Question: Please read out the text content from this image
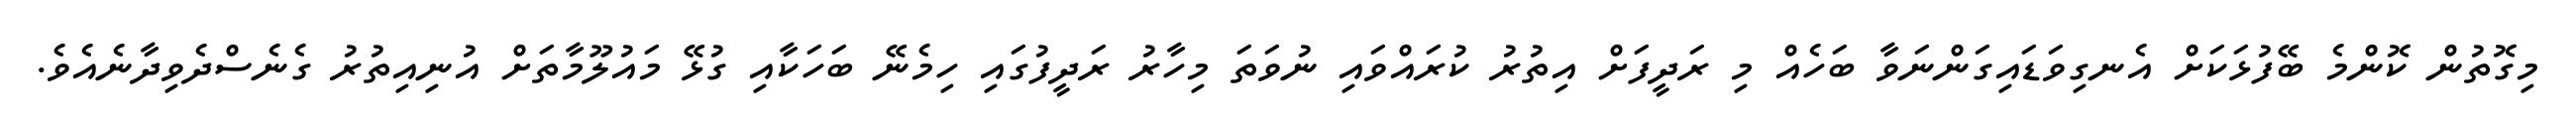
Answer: މިގޮތުން ކޮންމެ ބޭފުޅަކަށް އެނގިވަޑައިގަންނަވާ ބަހެއް މި ރަދީފަށް އިތުރު ކުރައްވައި ނުވަތަ މިހާރު ރަދީފުގައި ހިމެނޭ ބަހަކާއި ގުޅޭ މައުލޫމާތަށް އުނިއިތުރު ގެނެސްދެވިދާނެއެވެ.